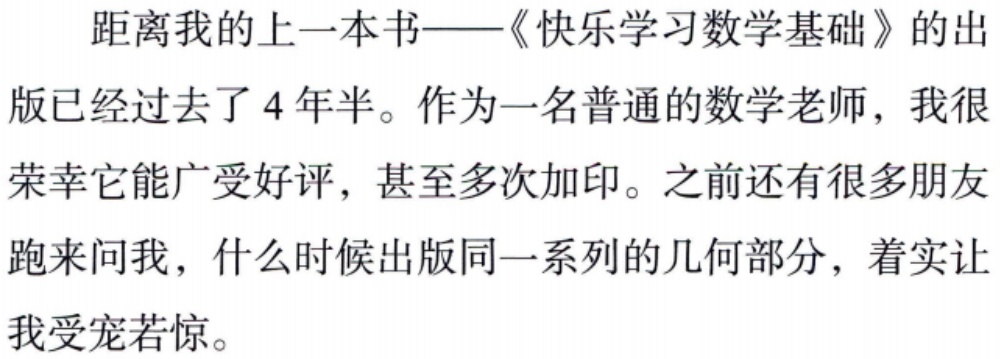
距离我的上一本书——《快乐学习数学基础》的出

版已经过去了4年半。作为一名普通的数学老师，我很

荣幸它能广受好评，甚至多次加印。之前还有很多朋友

跑来问我，什么时候出版同一系列的几何部分，着实让

我受宠若惊。